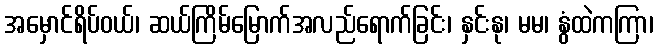
အမှောင်ရိပ်ဝယ်၊ ဆယ်ကြိမ်မြောက်အလည်ရောက်ခြင်း၊ နှင်းနု၊ မမ၊ နွံထဲကကြာ၊